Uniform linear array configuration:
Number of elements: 24
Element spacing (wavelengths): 1
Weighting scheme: binomial
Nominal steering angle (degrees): -45
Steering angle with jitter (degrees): -43.972
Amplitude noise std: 0.05
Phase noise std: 0.05

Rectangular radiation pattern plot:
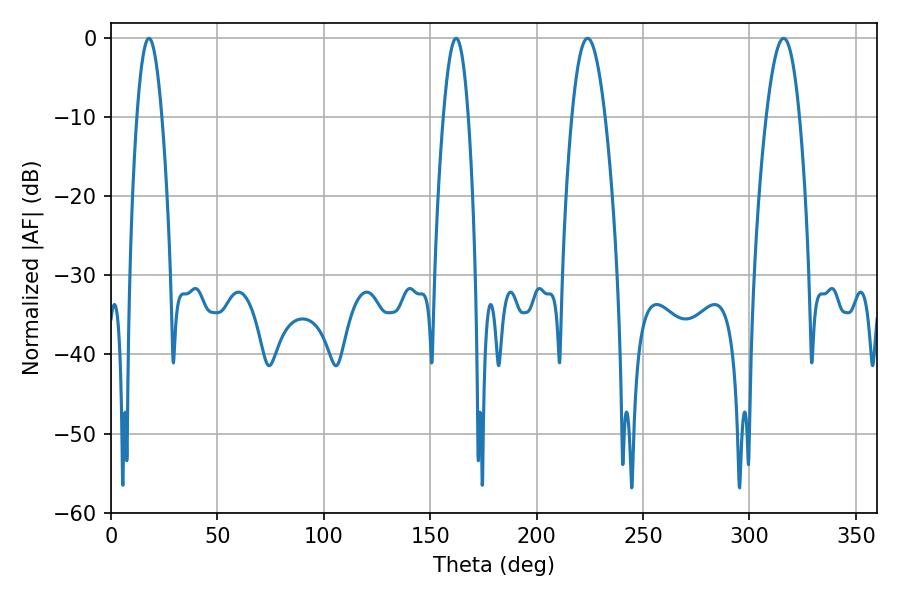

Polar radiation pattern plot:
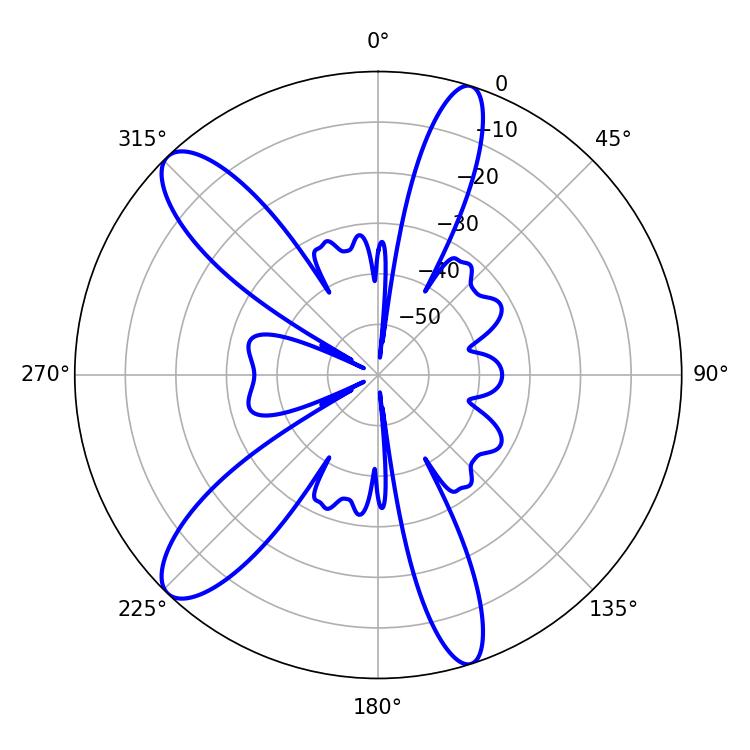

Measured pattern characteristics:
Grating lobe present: TRUE
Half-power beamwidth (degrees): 6.3
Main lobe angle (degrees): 17.82